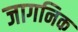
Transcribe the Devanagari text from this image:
जागनिक